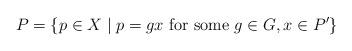
LaTeX: \begin{align*}P=\{ p \in X \mid p=gx \hbox{ for some }g\in G, x\in P'\} \end{align*}